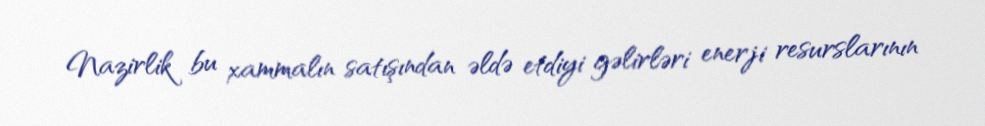
Nazirlik bu xammalın satışından əldə etdiyi gəlirləri enerji resurslarının